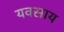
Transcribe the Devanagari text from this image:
यवसाय